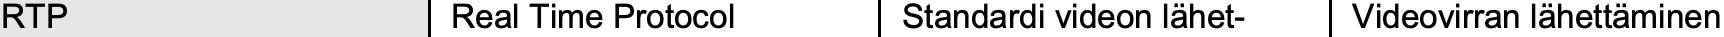
RTP            Real Time Protocol Standardi videon lähet- Videovirran lähettäminen